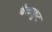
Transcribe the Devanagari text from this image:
बैकफ़ुट